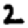
Digit: 2